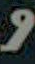
و